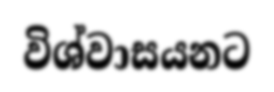
විශ්වාසයනට